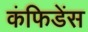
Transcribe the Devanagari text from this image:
कंफिडेंस